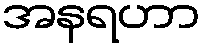
အနရဟာ